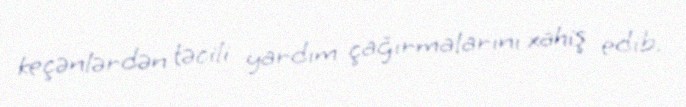
keçənlərdən təcili yardım çağırmalarını xahiş edib.